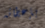
بإعطائه